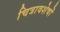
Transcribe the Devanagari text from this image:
चित्रावशेषों